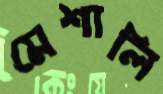
মেশালি